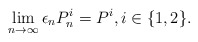
\begin{align*}\lim_{n \to \infty} \epsilon_n P_n^i = P^i, i \in \{1,2\}.\end{align*}